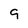
Character: 9